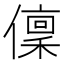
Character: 𠏟